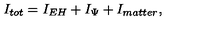
I _ { t o t } = I _ { E H } + I _ { \Psi } + I _ { m a t t e r } ,